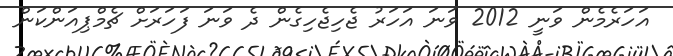
އަހަރެމެން ވަނީ 2012 ވަނަ އަހަރު ޖެހިޖެހިގެން ދެ ވަނަ ފަހަރަށް ޗެމްޕިއަންކަން